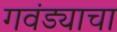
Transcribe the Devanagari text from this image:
गवंड्याचा